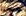
جهدى